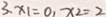
3 、 x _ { 1 } = 0 , x _ { 2 } = 2